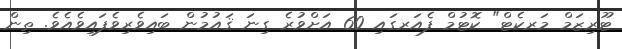
ޓޫރިޒަމް މަރކެޓް" ކޮޓުމް ފެއަރގައި 60 އަށްވުރެ ގިނަ ޤައުމުން ބައިވެރިވެފައިވެއެވެ. ތިން